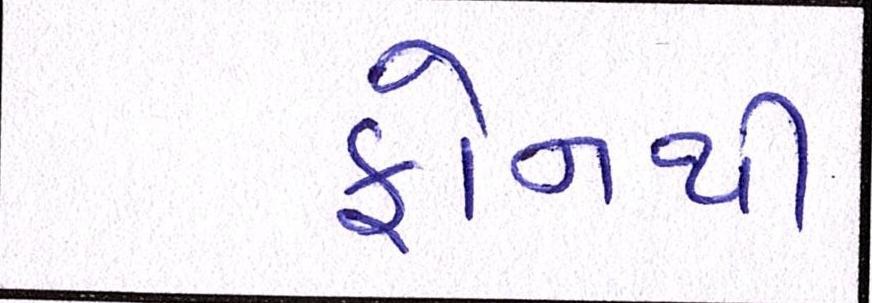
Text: ફોનથી